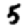
Digit: 5